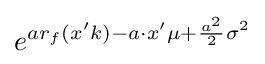
e^{ar_{f}(x'k)-a\cdot x'\mu +{\frac {a^{2}}{2}}\sigma ^{2}}